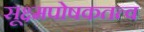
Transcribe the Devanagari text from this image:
सूक्ष्मपोषकतत्व